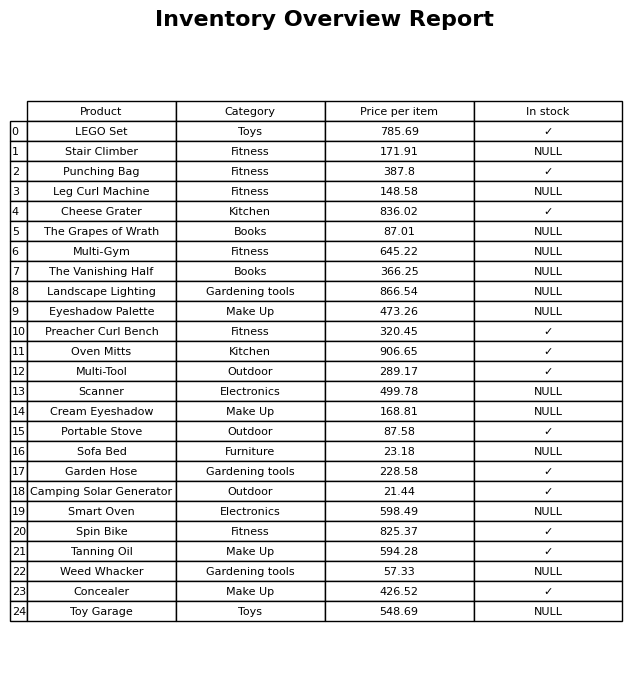
question: What is the price for Landscape Lighting?
answer: The price of Landscape Lighting is 866.54.